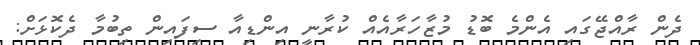
ދެން ރާއްޖޭގައި އެންމެ ބޮޑު މުޒާހަރާއެއް ކުރާނީ އިންޑިއާ ސިފައިން ތިބުމާ ދެކޮޅަށް: